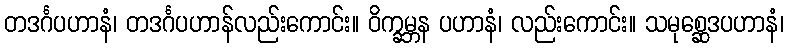
တဒင်္ဂပဟာနံ၊ တဒင်္ဂပဟာန်လည်းကောင်း။ ဝိက္ခမ္ဘန ပဟာနံ၊ လည်းကောင်း။ သမုစ္ဆေဒပဟာနံ၊